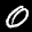
Label: 0